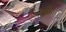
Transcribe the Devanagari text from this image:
शोइछिरो